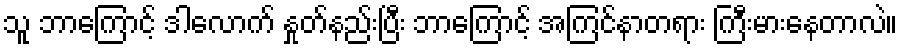
သူ ဘာကြောင့် ဒါလောက် နှုတ်နည်းပြီး ဘာကြောင့် အကြင်နာတရား ကြီးမားနေတာလဲ။